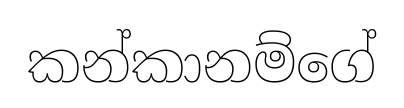
කන්කානම්ගේ